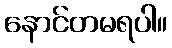
နောင်တမရပါ။